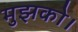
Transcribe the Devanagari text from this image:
मुझको।